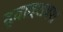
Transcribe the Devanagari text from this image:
द्वादशयश